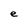
Character: e